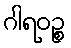
ဂါရဝဉ္စ